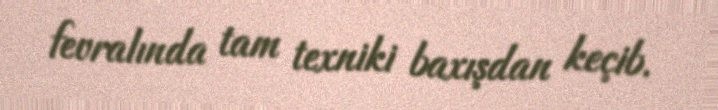
fevralında tam texniki baxışdan keçib.